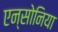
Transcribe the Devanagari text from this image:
एन्सोनिया